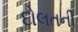
દોલતની